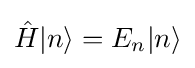
{\hat {H}}|n\rangle =E_{n}|n\rangle